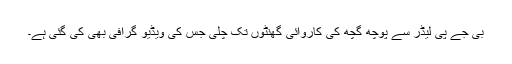
بی جے پی لیڈر سے پوچھ گچھ کی کاروائی گھنٹوں تک چلی جس کی ویڈیو گرافی بھی کی گئی ہے۔